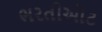
ભરતીઓટ